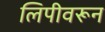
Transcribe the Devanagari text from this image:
लिपीवरून